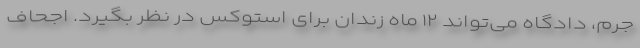
جرم، دادگاه می‌تواند ۱۲ ماه زندان برای استوکس در نظر بگیرد. اجحاف